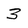
Character: 3